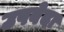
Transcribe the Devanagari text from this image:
उपवेदा